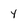
Character: y